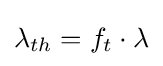
\lambda _{th}=f_{t}\cdot \lambda